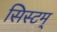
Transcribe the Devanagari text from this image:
सिस्टम्